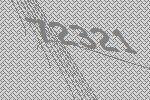
72321